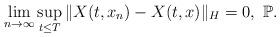
LaTeX: \begin{align*}\lim_{n\rightarrow\infty}\sup_{t\leq T}\Vert X(t, x_n)-X(t, x)\Vert_H = 0, \ \mathbb{P} .\end{align*}